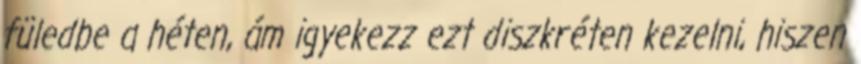
füledbe a héten, ám igyekezz ezt diszkréten kezelni, hiszen